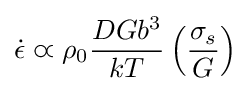
{\dot {\epsilon }}\varpropto \rho _{0}{\frac {DGb^{3}}{kT}}\left({\frac {\sigma _{s}}{G}}\right)